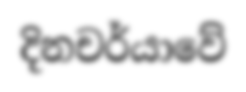
දිනචර්යාවේ